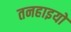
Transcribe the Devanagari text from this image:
तनहाइयों